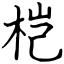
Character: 桤